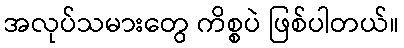
အလုပ်သမားတွေ ကိစ္စပဲ ဖြစ်ပါတယ်။